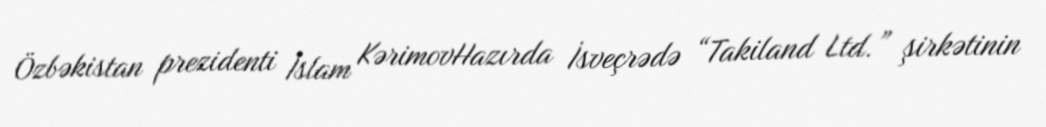
Özbəkistan prezidenti İslam KərimovHazırda İsveçrədə “Takiland Ltd.” şirkətinin